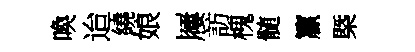
喚迨繞娘屨訪槐髄籯槩